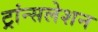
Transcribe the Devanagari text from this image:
ट्रांन्सलेशन